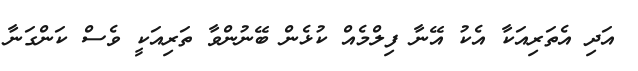
އަދި އެތަރިއަކާ އެކު އޭނާ ފިލްމެއް ކުޅެން ބޭނުންވާ ތަރިއަކީ ވެސް ކަންގަނާ